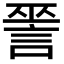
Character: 𧨈